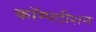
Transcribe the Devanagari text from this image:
कॉम्पटीशन